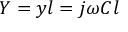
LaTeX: Y = y l = j \omega C l